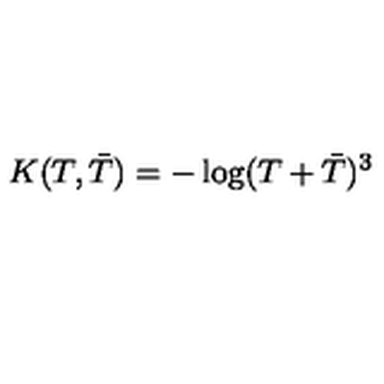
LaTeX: K ( T , { \bar { T } } ) = - \log ( T + { \bar { T } } ) ^ { 3 }